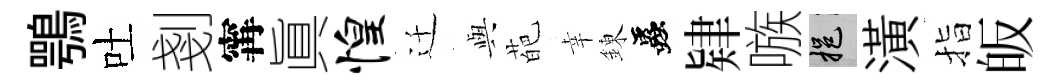
鶚吐剗𡩋眞惶迁𫤰葩幸錬蟲肄嗾挹潢指皈